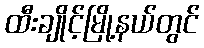
ထီးချိုင့်မြို့နယ်တွင်